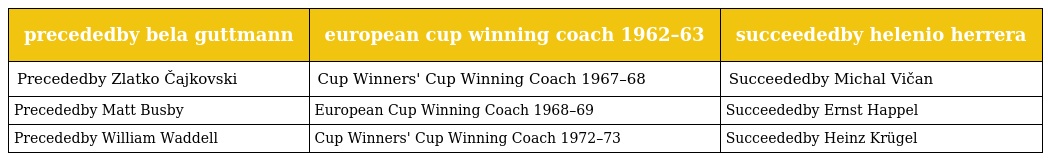
| precededby bela guttmann | european cup winning coach 1962–63 | succeededby helenio herrera |
 | --- | --- | --- |
 | Precededby Zlatko Čajkovski | Cup Winners' Cup Winning Coach 1967–68 | Succeededby Michal Vičan |
 | Precededby Matt Busby | European Cup Winning Coach 1968–69 | Succeededby Ernst Happel |
 | Precededby William Waddell | Cup Winners' Cup Winning Coach 1972–73 | Succeededby Heinz Krügel |